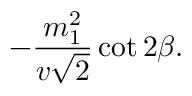
- { \frac { m _ { 1 } ^ { 2 } } { v \sqrt 2 } } \cot 2 \beta .